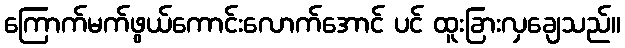
ကြောက်မက်ဖွယ်ကောင်းလောက်အောင် ပင် ထူးခြားလှချေသည်။